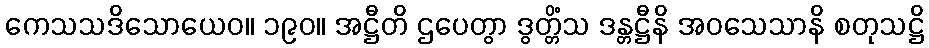
ကေသသဒိသောယေဝ။ ၁၉၀။ အဋ္ဌီတိ ဌပေတွာ ဒွတ္တိံသ ဒန္တဋ္ဌီနိ အဝသေသာနိ စတုသဋ္ဌိ